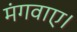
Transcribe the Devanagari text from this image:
मंगवाए।